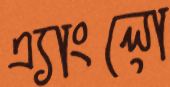
এ্যাংলো